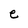
Character: e